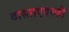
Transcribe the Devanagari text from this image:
दास्ताएवस्की